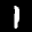
Label: 1